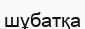
шұбатқа